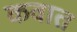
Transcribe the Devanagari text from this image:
कवात